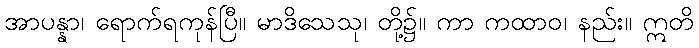
အာပန္နာ၊ ရောက်ရကုန်ပြီ။ မာဒိသေသု၊ တို့၌။ ကာ ကထာဝ၊ နည်း။ ဣတိ